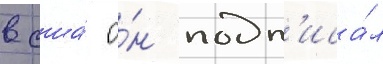
в сша́ о́н подп'иса́л